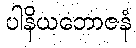
ပါနိယဘောဇနံ